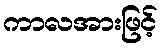
ကာလအားဖြင့်